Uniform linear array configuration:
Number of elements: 24
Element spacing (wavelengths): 0.75
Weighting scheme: blackman
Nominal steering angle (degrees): -30
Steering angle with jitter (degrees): -31.844
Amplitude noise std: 0.05
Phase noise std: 0.05

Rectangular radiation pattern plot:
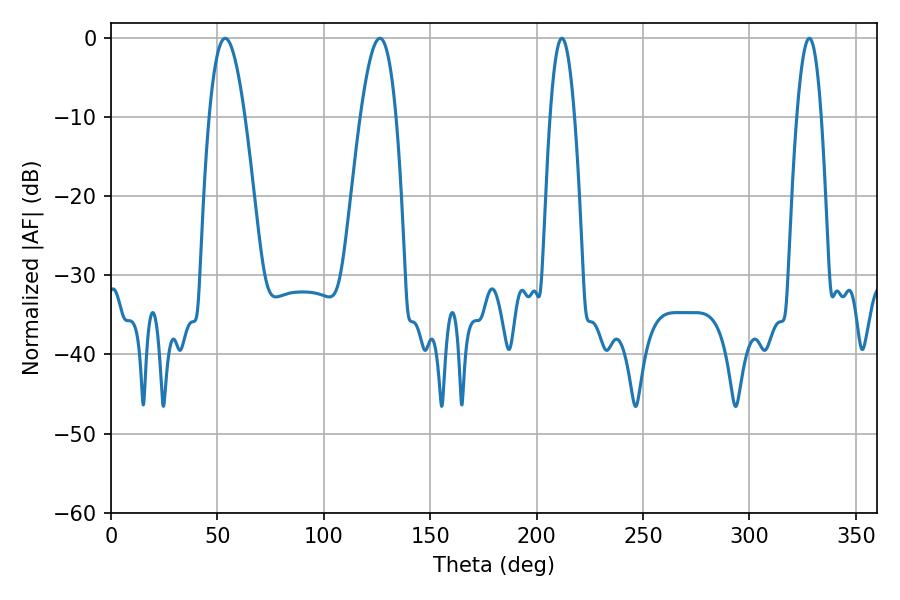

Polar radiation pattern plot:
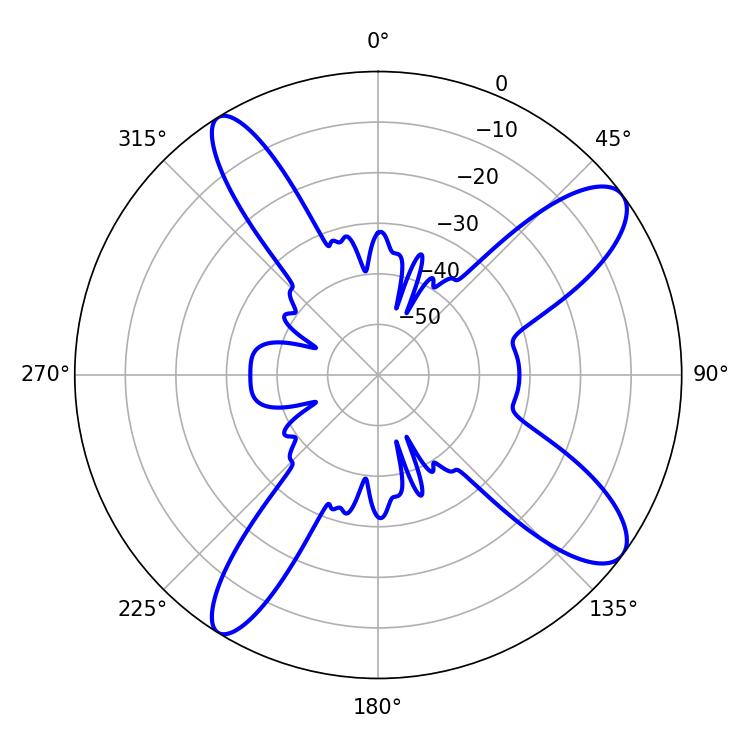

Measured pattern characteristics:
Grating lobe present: TRUE
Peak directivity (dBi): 11.134
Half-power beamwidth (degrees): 6.3
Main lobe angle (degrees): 328.14